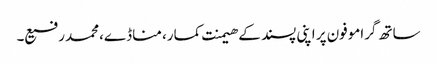
ساتھ گراموفون پر اپنی پسند کے ھیمنت کمار، مناڈے،محمد رفیع۔